Newspaper: Daily Democrat and news. [volume]
Place of publication: Davenport, Iowa
Publisher: Maguire, Richardson & Co.
Date: 1860-04-16 00:00:00
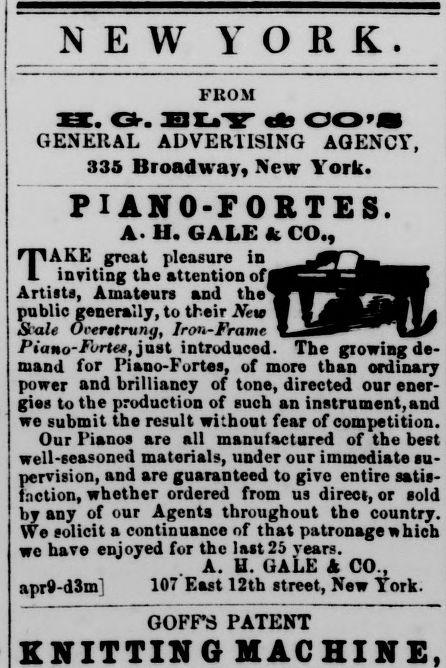
Advertisement text (OCR):
N E W Y O K l'liOM EE. GK BIjY d) GO'S GENERAL ADVEKUSING AGENCY", 335 Broadway, New York. I A N O -F O E S A- II. GALE A CO., f|!AKE great pleasure in inviting the attention of I Artists, Amateurs and the public generally, to their New Stale Orerttrvng, Irou-Framr Piano-Furtet, just introduced. The glowing de mand for I'iano-Furtes, of more than ordinary power and brilliancy of tone, directed our ener gies to the production of such an instrument,and we submit the result without fear of competition. Our Pianos are all manufactured of the best well-seasoned materials, under our immediate su pervision, and are guaranteed to give entire satis faction, whether ordered from us direct, or sold by any of our Agents throughout the country. We solicit a continuance of that patronage which we have enjoyed for the last 25 vears. A. U. GALE A CO apr9-d3m1 107 East 12th street, New York. GOFFS PATENT
Label: illustrations